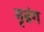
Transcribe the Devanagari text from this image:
मृढंग